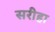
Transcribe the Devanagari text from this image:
सरीहा